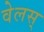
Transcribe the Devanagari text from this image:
वेलस्